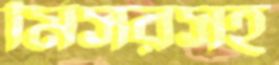
মিসরসহ